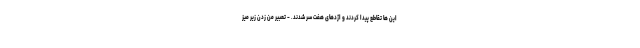
این ها تقاطع پیدا کردند و اژدهای هفت سر شدند. - تعبیر من زدن زیر میز